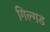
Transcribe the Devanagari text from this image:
गिल्गड